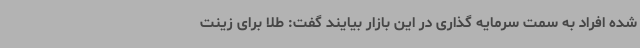
شده افراد به سمت سرمایه گذاری در این بازار بیایند گفت: طلا برای زینت